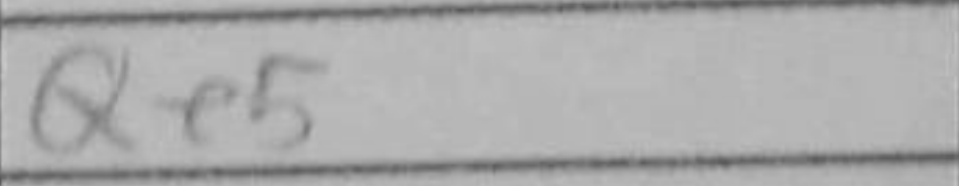
Transcription: Qe5